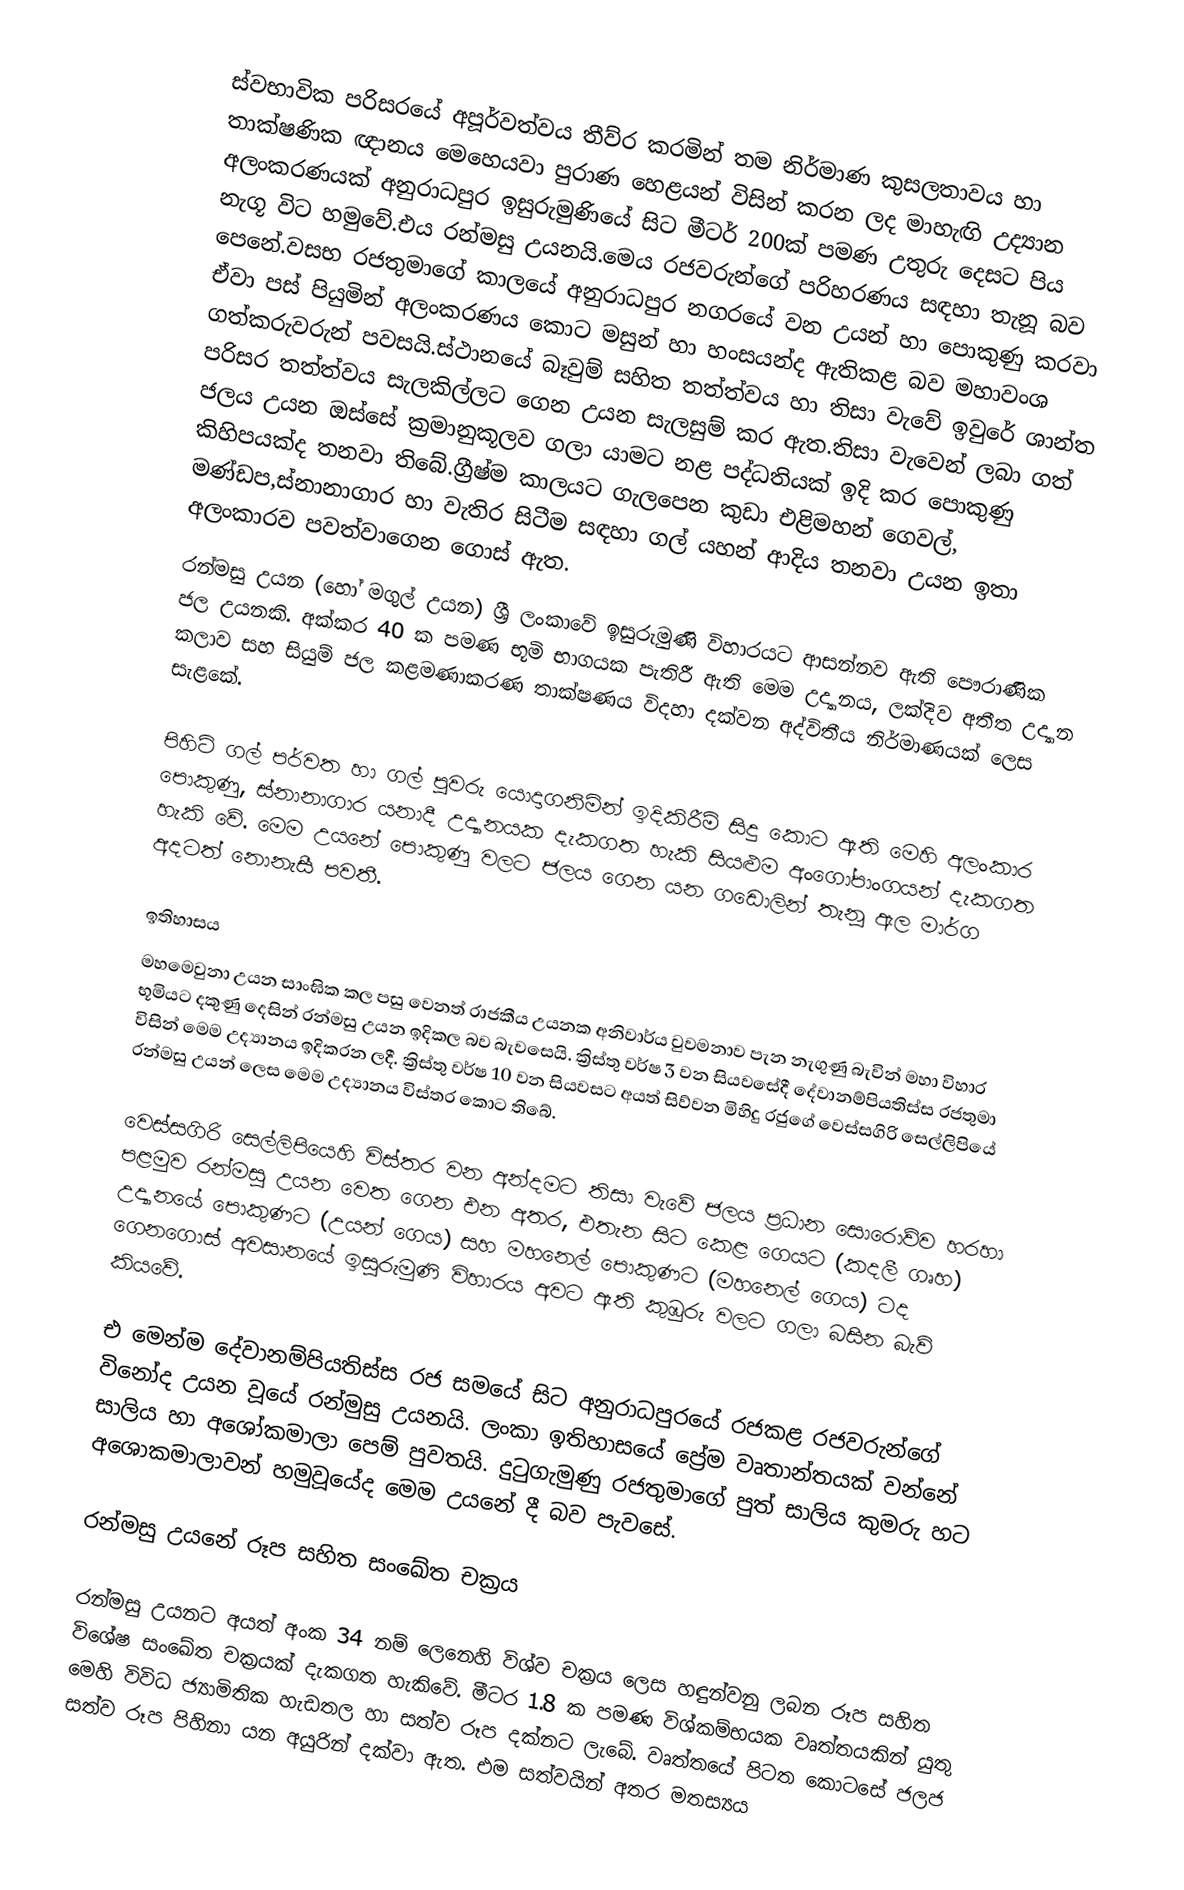
ස්වභාවික පරිසරයේ අපූර්වත්වය තීව්ර කරමින් තම නිර්මාණ කුසලතාවය හා තාක්ෂණික ඥානය මෙහෙයවා පුරාණ හෙළයන් විසින් කරන ලද මාහැඟි උද්‍යාන අලංකරණයක් අනුරාධපුර ඉසුරුමුණියේ සිට මීටර් 200ක් පමණ උතුරු දෙසට පිය නැගූ විට හමුවේ.එය රන්මසු උයනයි.මෙය රජවරුන්ගේ පරිහරණය සඳහා තැනූ බව පෙනේ.වසභ රජතුමාගේ කාලයේ අනුරාධපුර නගරයේ වන උයන් හා පොකුණු කරවා ඒවා පස් පියුමින් අලංකරණය කොට මසුන් හා හංසයන්ද ඇතිකළ බව මහාවංශ ගත්කරුවරුන් පවසයි.ස්ථානයේ බෑවුම් සහිත තත්ත්වය හා තිසා වැවේ ඉවුරේ ශාන්ත පරිසර තත්ත්වය සැලකිල්ලට ගෙන උයන සැලසුම් කර ඇත.තිසා වැවෙන් ලබා ගත් ජලය උයන ඔස්සේ ක්‍රමානුකූලව ගලා යාමට නළ පද්ධතියක් ඉදි කර පොකුණු කිහිපයක්ද තනවා තිබේ.ග්‍රීෂ්ම කාලයට ගැලපෙන කුඩා එළිමහන් ගෙවල්, මණ්ඩප,ස්නානාගාර හා වැතිර සිටීම සඳහා ගල් යහන් ආදිය තනවා උයන ඉතා අලංකාරව පවත්වාගෙන ගොස් ඇත.
රන්මසු උයන (හෝ මගුල් උයන) ශ්‍රී ලංකාවේ ඉසුරුමුණි විහාරයට ආසන්නව ඇති පෞරාණික ජල උයනකි.  අක්කර 40 ක පමණ භූමි භාගයක පැතිරී ඇති මෙම උද්‍යානය, ලක්දිව අතීත උද්‍යාන කලාව සහ සියුම් ජල කළමණාකරණ තාක්ෂණය විදහා දක්වන අද්විතීය නිර්මාණයක් ලෙස සැළකේ.

පිහිටි ගල් පර්වත හා ගල් පුවරු යොදාගනිමින් ඉදිකිරීම් සිදු කොට ඇති මෙහි අලංකාර පොකුණු, ස්නානාගාර යනාදී උද්‍යානයක දැකගත හැකි සියළුම අංගෝපාංගයන් දැකගත හැකි වේ. මෙම උයනේ පොකුණු වලට ජලය ගෙන යන ගඩොලින් තැනූ ඇල මාර්ග අදටත් නොනැසී පවතී.

ඉතිහාසය
මහමෙවුනා උයන සාංඝික කල පසු වෙනත් රාජකීය උයනක අනිවාර්ය වුවමනාව පැන නැගුණු බැවින් මහා විහාර භූමියට දකුණු දෙසින් රන්මසු උයන ඉදිකල බව බැවසෙයි. ක්‍රිස්තු වර්ෂ 3 වන සියවසේදී දේවානම්පියතිස්ස රජතුමා විසින් මෙම උද්‍යානය ඉදිකරන ලදී. ක්‍රිස්තු වර්ෂ 10 වන සියවසට අයත් සිව්වන මිහිදු රජුගේ වෙස්සගිරි සෙල්ලිපියේ රන්මසු උයන් ලෙස මෙම උද්‍යානය විස්තර කොට තිබේ.

වෙස්සගිරි සෙල්ලිපියෙහි විස්තර වන අන්දමට තිසා වැවේ ජලය ප්‍රධාන සොරොව්ව හරහා පළමුව රන්මසු උයන වෙත ගෙන එන අතර, එතැන සිට කෙළ ගෙයට (කදලී ගෘහ) උද්‍යානයේ පොකුණට (උයන් ගෙය) සහ මහනෙල් පොකුණට (මහනෙල් ගෙය) ටද ගෙනගොස් අවසානයේ ඉසුරුමුණි විහාරය අවට ඇති කුඹුරු වලට ගලා බසින බැව් කියවේ.

එ මෙන්ම දේවානම්පියතිස්ස රජ සමයේ සිට අනුරාධපුරයේ රජකළ රජවරුන්ගේ විනෝද උයන වූයේ රන්මුසු උයනයි. ලංකා ඉතිහාසයේ ප්‍රේම වෘතාන්තයක් වන්නේ සාලිය හා අශෝකමාලා පෙම් පුවතයි. දුටුගැමුණු රජතුමාගේ පුත් සාලිය කුමරු හට අශොකමාලාවන්   හමුවූයේද මෙම උයනේ දී බව පැවසේ.

රන්මසු උයනේ රූප සහිත සංඛේත චක්‍රය

රන්මසු උයනට අයත් අංක 34 නම් ලෙනෙහි විශ්ව චක්‍රය ලෙස හඳුන්වනු ලබන රූප සහිත විශේෂ සංඛේත චක්‍රයක් දැකගත හැකිවේ. මීටර 1.8 ක පමණ විශ්කම්භයක වෘත්තයකින් යුතු මෙහි විවිධ ජ්‍යාමිතික හැඩතල හා සත්ව රූප දක්නට ලැබේ. වෘත්තයේ පිටත කොටසේ ජලජ සත්ව රූප පිහිනා යන අයුරින් දක්වා ඇත. එම සත්වයින් අතර මතස්‍යය